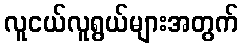
လူငယ်လူရွယ်များအတွက်